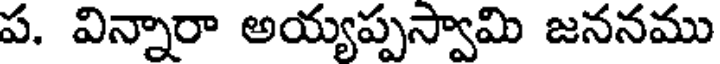
ప. విన్నారా అయ్యప్పస్వామి జననము